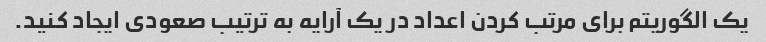
یک الگوریتم برای مرتب کردن اعداد در یک آرایه به ترتیب صعودی ایجاد کنید.